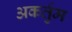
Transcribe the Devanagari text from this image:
अकर्तुम